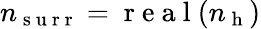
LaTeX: n_{\mathrm{~s~u~r~r~}}=\mathrm{~r~e~a~l~}(n_{\mathrm{~h~}})